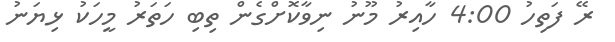
ރޭ ފަތިހު 4:00 ހާއިރު މޫނު ނިވާކޮށްގެން ތިބި ހަތަރު މީހަކު ޅިޔަނު